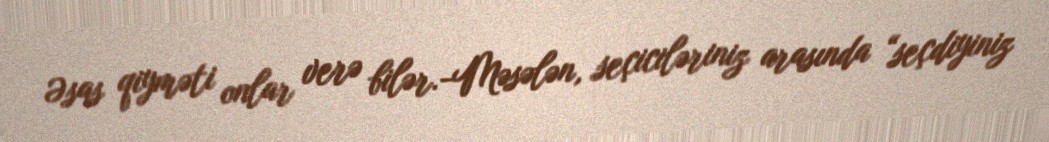
Əsas qiyməti onlar verə bilər.-Məsələn, seçiciləriniz arasında “seçdiyiniz